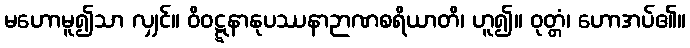
မဟောမူ၍သာ လျှင်။ ဝိဝဋ္ဋနာနုပဿနာဉာဏစရိယာတိ၊ ဟူ၍။ ဝုတ္တံ၊ ဟောအပ်၏။